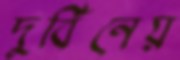
দুর্বিনেয়